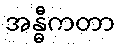
အန္ဓီကတာ